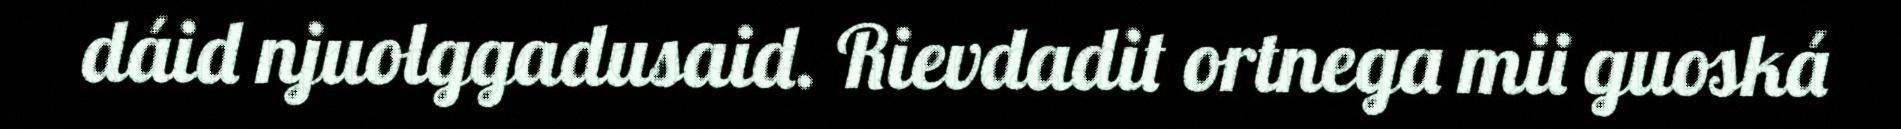
dáid njuolggadusaid. Rievdadit ortnega mii guoská